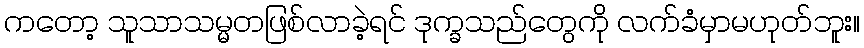
ကတော့ သူသာသမ္မတဖြစ်လာခဲ့ရင် ဒုက္ခသည်တွေကို လက်ခံမှာမဟုတ်ဘူး။